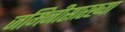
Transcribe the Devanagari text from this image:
जमिनीसारख्या